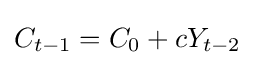
C_{t-1}=C_{0}+cY_{t-2}